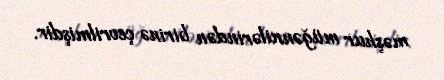
məşhur müğənnilərindən birinə çevrilmişdir.